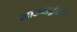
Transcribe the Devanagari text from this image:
साउन्डट्रैक्स